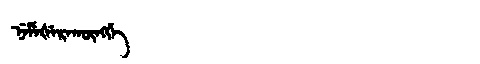
Manchu: ᠨᡝᠮᡝᡧᡝᡵᠠᡴᡡᠩᡤᡝ
Romanization: NEMEŠERAKŪNGGE